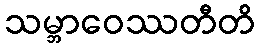
သမ္ဘာဝေဿတီတိ